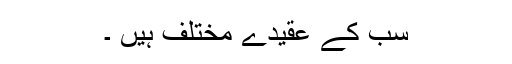
سب کے عقیدے مختلف ہیں ۔